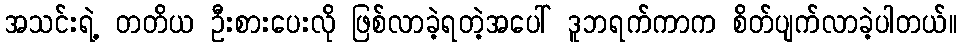
အသင်းရဲ့ တတိယ ဦးစားပေးလို ဖြစ်လာခဲ့ရတဲ့အပေါ် ဒူဘရက်ကာက စိတ်ပျက်လာခဲ့ပါတယ်။